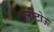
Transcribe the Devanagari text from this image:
एर्लीटोऊ